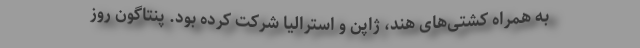
به همراه کشتی‌های هند، ژاپن و استرالیا شرکت کرده بود. پنتاگون روز